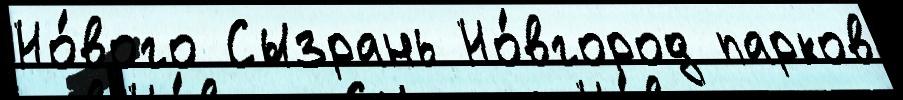
Но́вого Сызрань Но́вгород парков